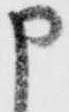
申